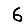
Digit: 6